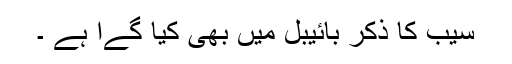
سیب کا ذکر بائیبل میں بھی کیا گےا ہے ۔